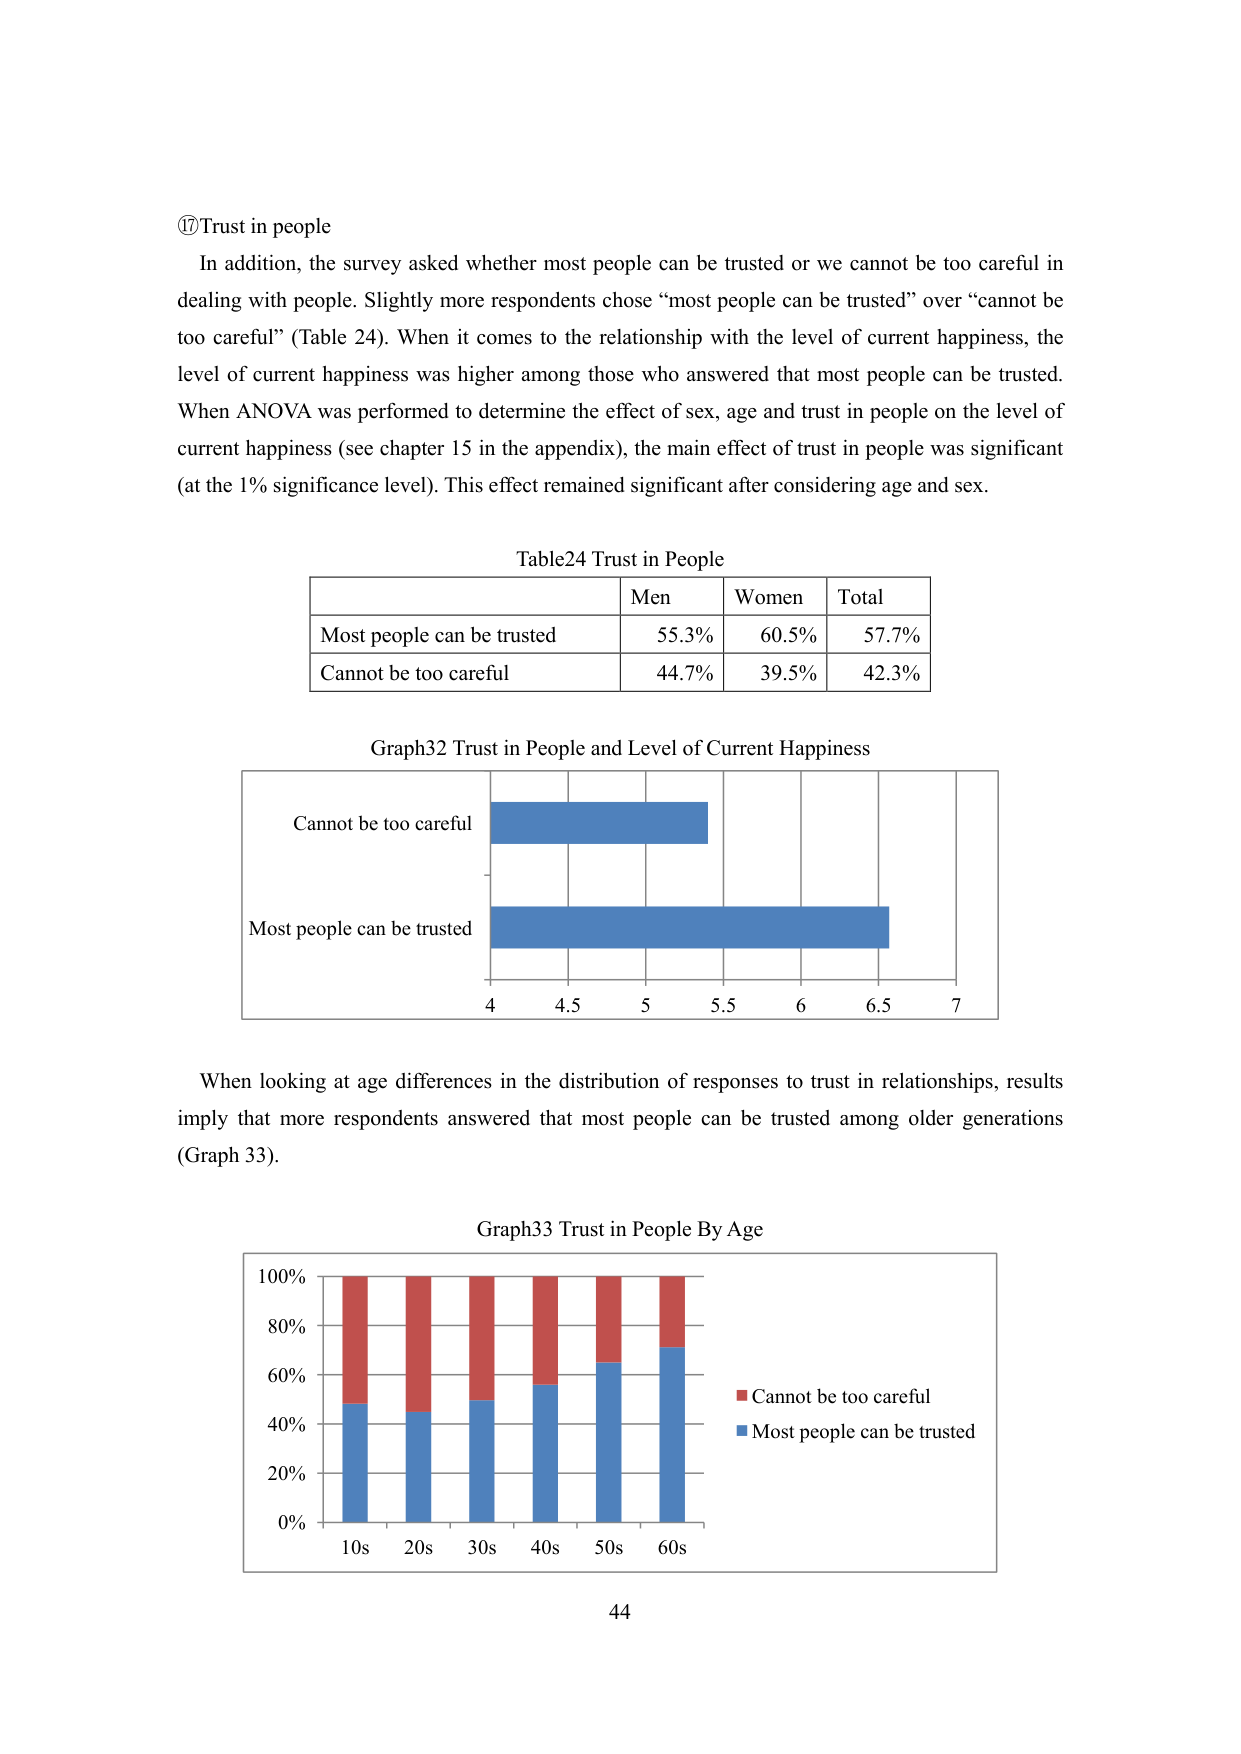
⑰Trust in people
In addition, the survey asked whether most people can be trusted or we cannot be too careful in dealing with people. Slightly more respondents chose “most people can be trusted” over “cannot be too careful” (Table 24). When it comes to the relationship with the level of current happiness, the level of current happiness was higher among those who answered that most people can be trusted. When ANOVA was performed to determine the effect of sex, age and trust in people on the level of current happiness (see chapter 15 in the appendix), the main effect of trust in people was significant (at the 1% significance level). This effect remained significant after considering age and sex.

Table24 Trust in People
Men Women Total
Most people can be trusted 55.3% 60.5% 57.7%
Cannot be too careful 44.7% 39.5% 42.3%

Graph32 Trust in People and Level of Current Happiness
Cannot be too careful
Most people can be trusted
4 4.5 5 5.5 6 6.5 7

When looking at age differences in the distribution of responses to trust in relationships, results imply that more respondents answered that most people can be trusted among older generations (Graph 33).

Graph33 Trust in People By Age
100%
80%
60%
40%
20%
0%
10s 20s 30s 40s 50s 60s
■ Cannot be too careful
■ Most people can be trusted
44